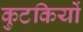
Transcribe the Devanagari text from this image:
कुटकियों